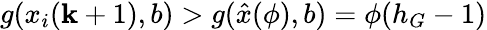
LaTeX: g(x_{i}(\mathbf{k}+1),b)>g(\hat{{x}}(\phi),b)=\phi(h_{G}-1)